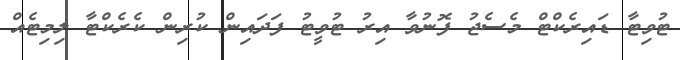
ޓުވިޓާ ޑައިރެކްޓް މެސެޖު ފޮނުވާ އިރު ޓުވީޓު ފަދައިން ކުރިން ކެރެކްޓާ ލިމިޓެއް